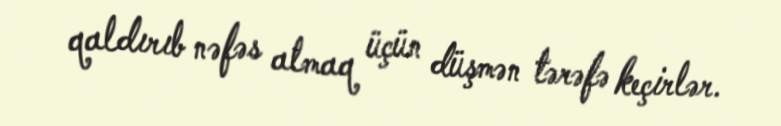
qaldırıb nəfəs almaq üçün düşmən tərəfə keçirlər.